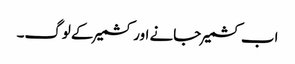
اب کشمیر جانے اور کشمیر کے لوگ۔